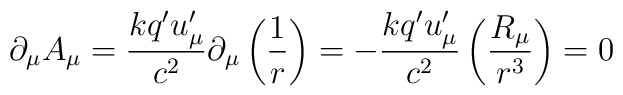
\partial _\mu A_\mu =\frac{kq^{\prime }u_\mu ^{\prime }}{c^2}\partial _\mu\left( \frac 1r\right) =-\frac{kq^{\prime }u_\mu ^{\prime }}{c^2}\left( \frac{R_\mu }{r^3}\right) =0